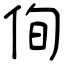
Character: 侚